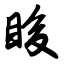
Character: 睃